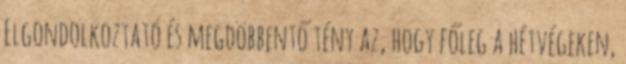
Elgondolkoztató és megdöbbentő tény az, hogy főleg a hétvégeken,